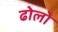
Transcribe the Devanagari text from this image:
ढोलो